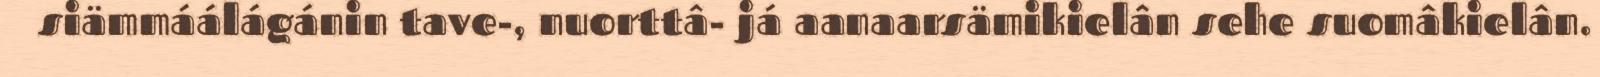
siämmáálágánin tave-, nuorttâ- já aanaarsämikielân sehe suomâkielân.